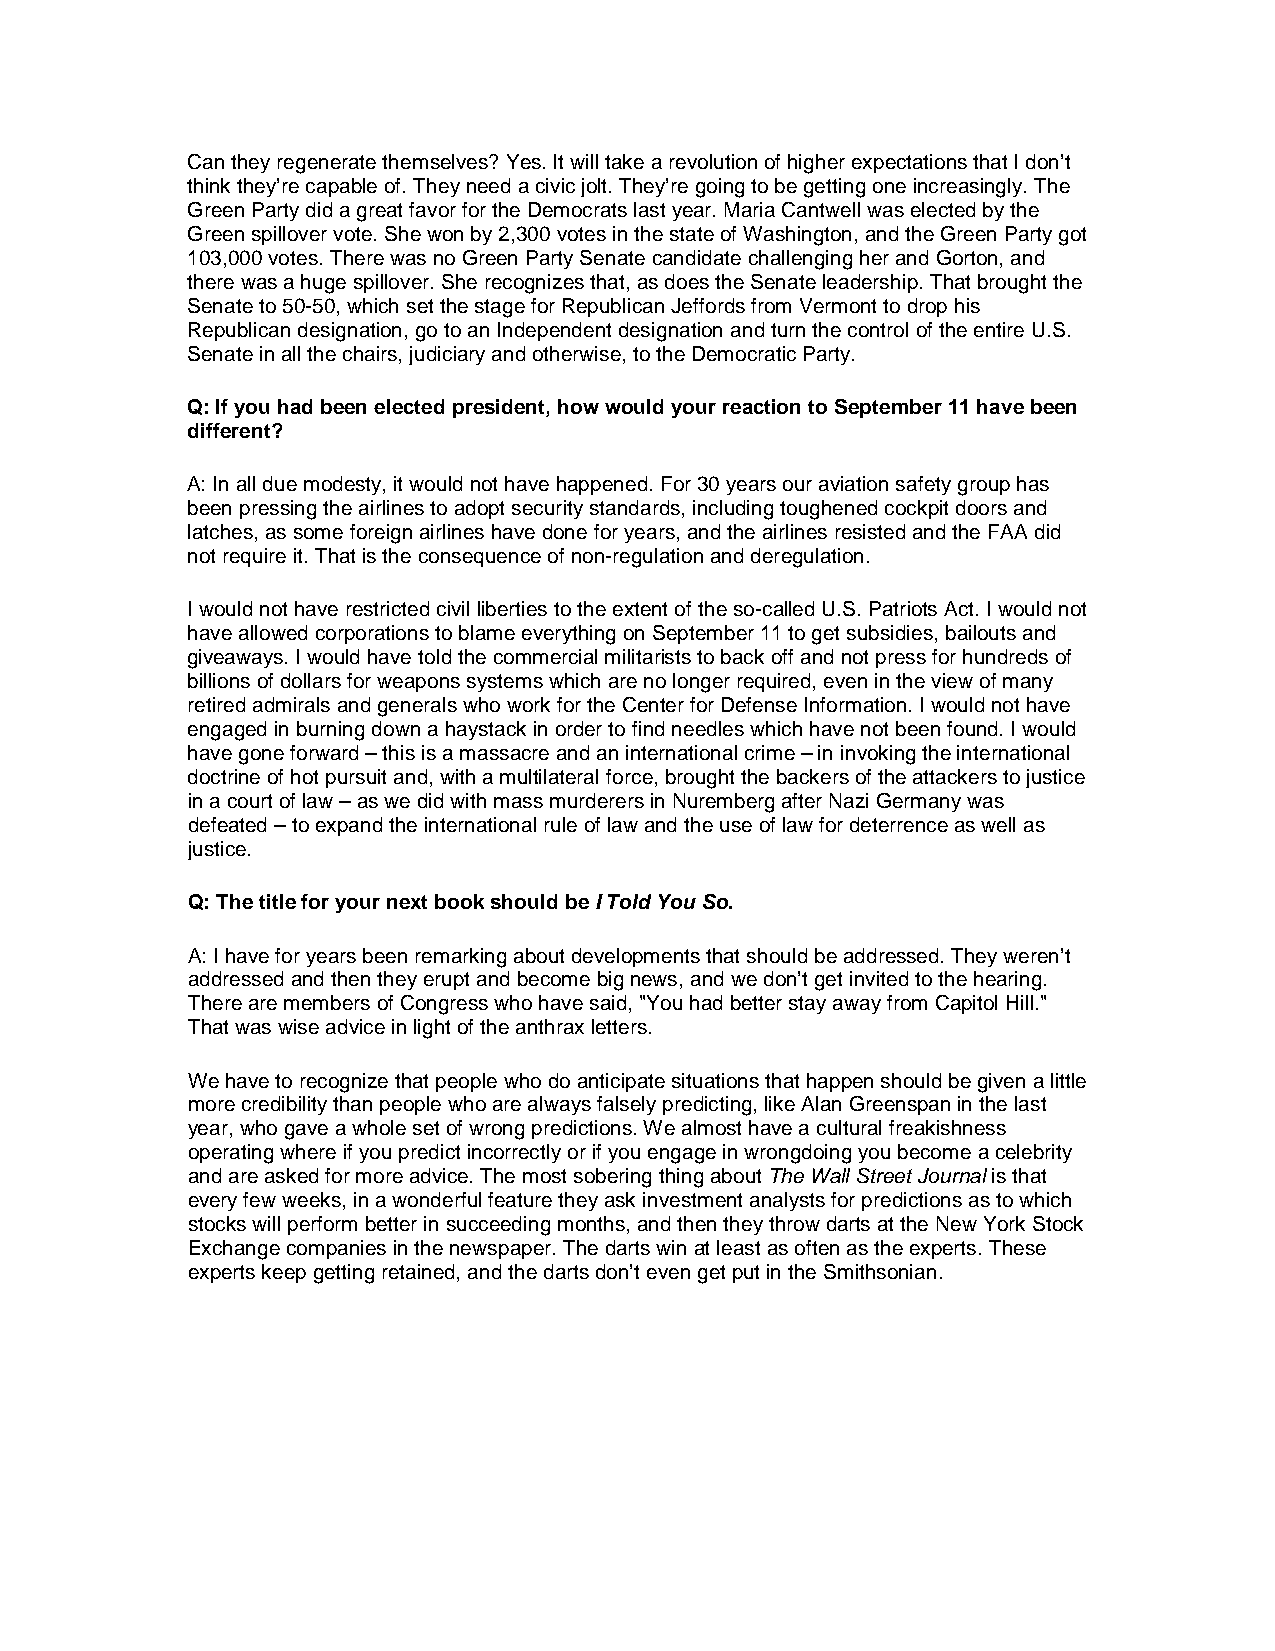
Can they regenerate themselves? Yes. It will take a revolution of higher expectations that I don’t
 think they’re capable of. They need a civic jolt. They’re going to be getting one increasingly. The
 Green Party did a great favor for the Democrats last year. Maria Cantwell was elected by the
 Green spillover vote. She won by 2,300 votes in the state of Washington, and the Green Party got
 103,000 votes. There was no Green Party Senate candidate challenging her and Gorton, and
 there was a huge spillover. She recognizes that, as does the Senate leadership. That brought the
 Senate to 50-50, which set the stage for Republican Jeffords from Vermont to drop his
 Republican designation, go to an Independent designation and turn the control of the entire U.S.
 Senate in all the chairs, judiciary and otherwise, to the Democratic Party.
 Q: If you had been elected president, how would your reaction to September 11 have been
 different?
 A: In all due modesty, it would not have happened. For 30 years our aviation safety group has
 been pressing the airlines to adopt security standards, including toughened cockpit doors and
 latches, as some foreign airlines have done for years, and the airlines resisted and the FAA did
 not require it. That is the consequence of non-regulation and deregulation.
 I would not have restricted civil liberties to the extent of the so-called U.S. Patriots Act. I would not
 have allowed corporations to blame everything on September 11 to get subsidies, bailouts and
 giveaways. I would have told the commercial militarists to back off and not press for hundreds of
 billions of dollars for weapons systems which are no longer required, even in the view of many
 retired admirals and generals who work for the Center for Defense Information. I would not have
 engaged in burning down a haystack in order to find needles which have not been found. I would
 have gone forward – this is a massacre and an international crime – in invoking the international
 doctrine of hot pursuit and, with a multilateral force, brought the backers of the attackers to justice
 in a court of law – as we did with mass murderers in Nuremberg after Nazi Germany was
 defeated – to expand the international rule of law and the use of law for deterrence as well as
 justice.
 Q: The title for your next book should be I Told You So.
 A: I have for years been remarking about developments that should be addressed. They weren’t
 addressed and then they erupt and become big news, and we don’t get invited to the hearing.
 There are members of Congress who have said, "You had better stay away from Capitol Hill."
 That was wise advice in light of the anthrax letters.
 We have to recognize that people who do anticipate situations that happen should be given a little
 more credibility than people who are always falsely predicting, like Alan Greenspan in the last
 year, who gave a whole set of wrong predictions. We almost have a cultural freakishness
 operating where if you predict incorrectly or if you engage in wrongdoing you become a celebrity
 and are asked for more advice. The most sobering thing about The Wall Street Journal is that
 every few weeks, in a wonderful feature they ask investment analysts for predictions as to which
 stocks will perform better in succeeding months, and then they throw darts at the New York Stock
 Exchange companies in the newspaper. The darts win at least as often as the experts. These
 experts keep getting retained, and the darts don’t even get put in the Smithsonian.